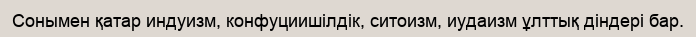
Сонымен қатар индуизм, конфуциишілдік, ситоизм, иудаизм ұлттық діндері бар.